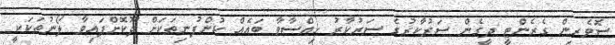
ސޮވެރިން ގެރެންޓީ ދީގެން ސަރުކާރުގެ ސަރުކާރު ހިއްސާވާ ބައެއް ކުންފުނިތަކަށް ދޫކޮށްފައިވާ ލޯނުތަކަކީ